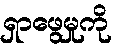
ရှာဖွေမှုကို